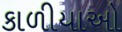
કાળીયાઓ